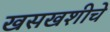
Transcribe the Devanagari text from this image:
खसखशीचे